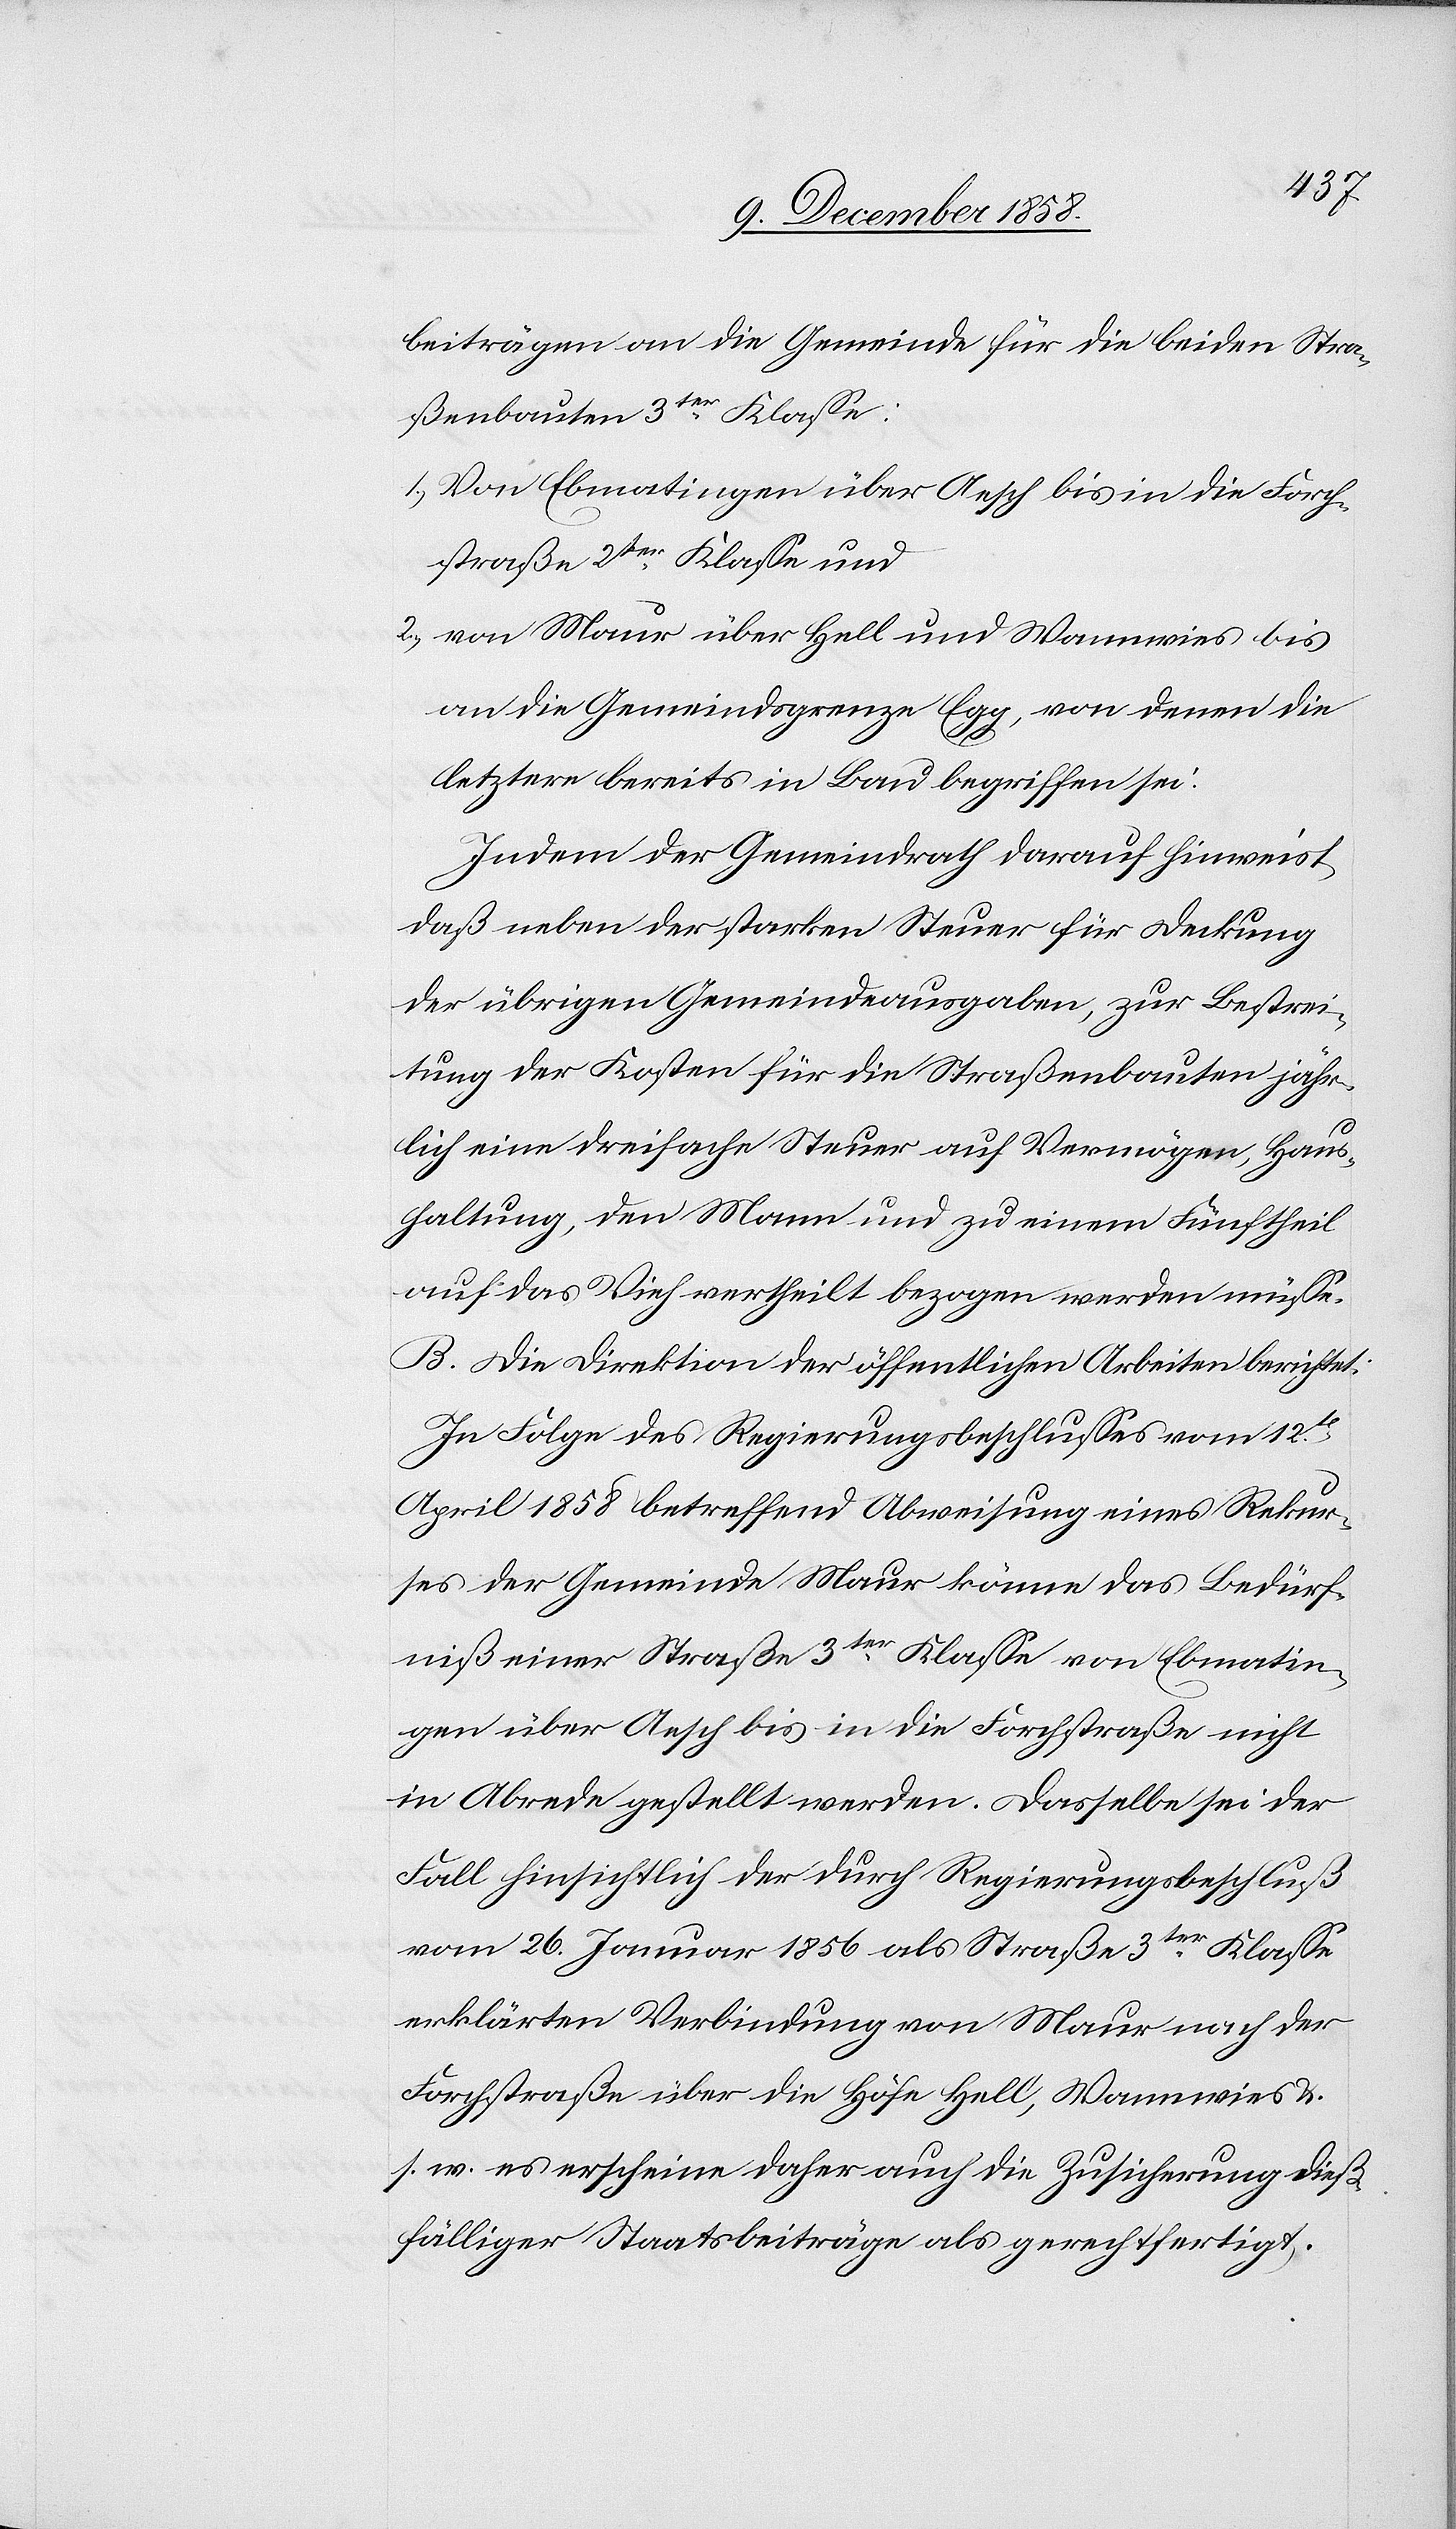
beiträgen an die Gemeinde für die beiden Stra¬
ßenbauten 3ter Klasse:
1.) Von Ebmatingen über Aesch bis in die Forch¬
straße 2ter Klasse und
2.) von Maur über Hell und Wannwies bis
an die Gemeindsgrenze Egg, von denen die
letztere bereits in Bau begriffen sei.
Indem der Gemeindrath darauf hinweist,
daß neben der starken Steuer für Deckung
der übrigen Gemeindeausgaben, zur Bestrei¬
tung der Kosten für die Straßenbauten jähr¬
lich eine dreifache Steuer auf Vermögen, Haus¬
haltung, den Mann und zu einem Fünftheil
auf das Vieh vertheilt bezogen werden müsse.
B. Die Direktion der öffentlichen Arbeiten berichtet:
In Folge des Regierungsbeschlusses vom 12t
April 1858 betreffend Abweisung eines Rekur¬
ses der Gemeinde Maur könne das Bedürf¬
niß einer Straße 3ter Klasse von Ebmatin¬
gen über Aesch bis in die Forchstraße nicht
in Abrede gestellt werden. Dasselbe sei der
Fall hinsichtlich der durch Regierungsbeschluß
vom 26. Januar 1856 als Straße 3ter Klasse
erklärten Verbindung von Maur nach der
Forchstraße über die Höfe Hell, Wannwies &.
s. w. es erscheine daher auch die Zusicherung dieß¬
fälliger Staatsbeiträge als gerechtfertigt.